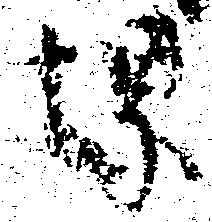
堺